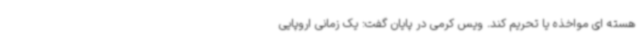
هسته ای مواخذه یا تحریم کند. ویس کرمی در پایان گفت: یک زمانی اروپایی